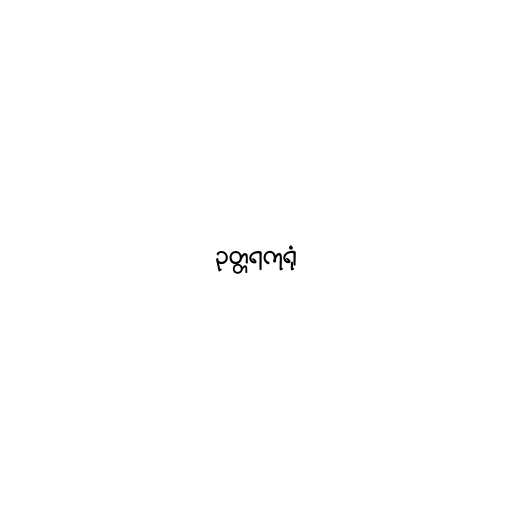
ဥတ္တရကုရုံ